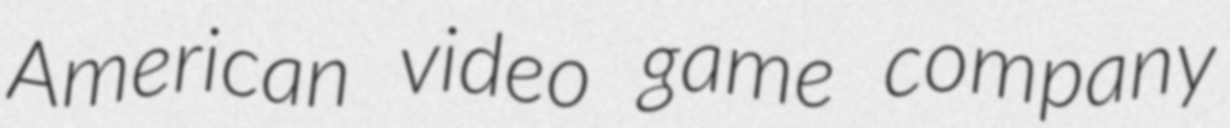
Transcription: American video game company